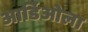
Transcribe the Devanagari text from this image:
आर्डिओला